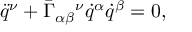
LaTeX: \ddot { q } ^ { \nu } + \bar { \Gamma } _ { \alpha \beta } { } ^ { \nu } \dot { q } ^ { \alpha } \dot { q } ^ { \beta } = 0 ,